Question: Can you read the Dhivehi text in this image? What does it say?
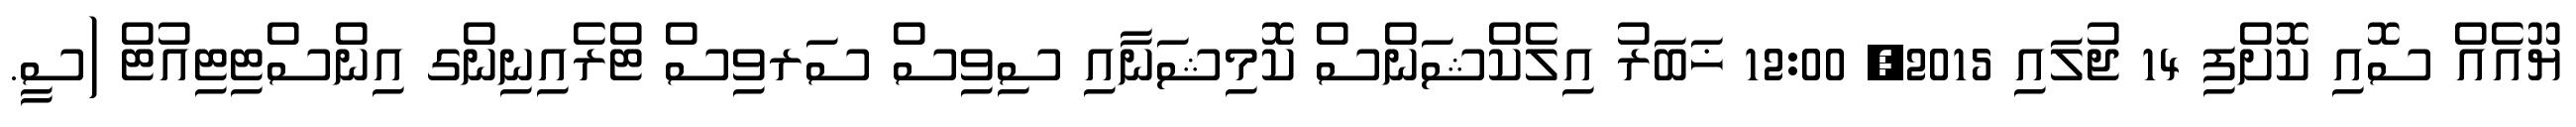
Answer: ޔޫއެއް ސޮއި ކޮށްފި 14 ޖުލައި 2015, 12:00 ޚަބަރު އިލެކްޝަންސް ކޮމިޝަނާއި ސިވިސް ސަރވިސް ޓްރެއިނިންގ އިންސްޓިޓިއުޓް (ސީ.